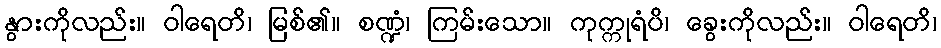
နွားကိုလည်း။ ဝါရေတိ၊ မြစ်၏။ စဏ္ဍံ၊ ကြမ်းသော။ ကုက္ကုရံပိ၊ ခွေးကိုလည်း။ ဝါရေတိ၊